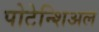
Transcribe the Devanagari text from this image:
पोटेन्शिअल